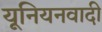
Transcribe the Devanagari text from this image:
यूनियनवादी